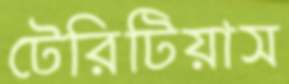
টেরিটিয়াস